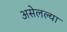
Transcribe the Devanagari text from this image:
असेलल्या